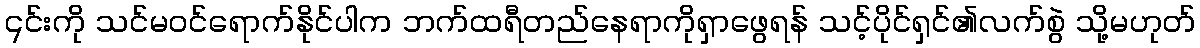
၎င်းကို သင်မဝင်ရောက်နိုင်ပါက ဘက်ထရီတည်နေရာကိုရှာဖွေရန် သင့်ပိုင်ရှင်၏လက်စွဲ သို့မဟုတ်